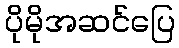
ပိုမိုအဆင်ပြေ